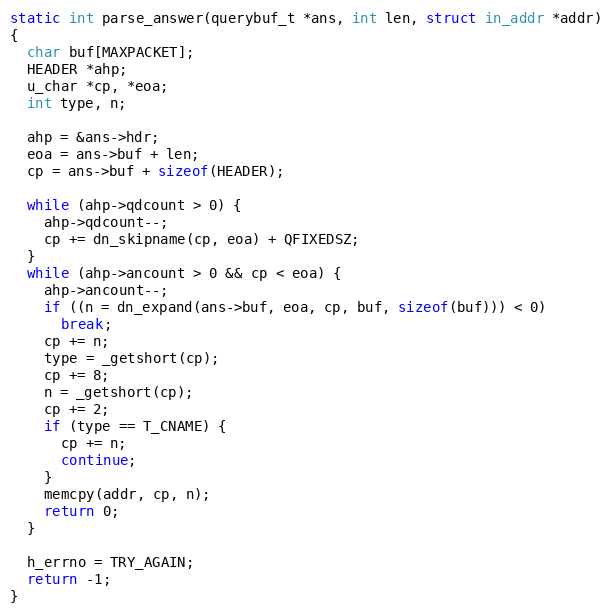
Language: C
static int parse_answer(querybuf_t *ans, int len, struct in_addr *addr)
{
  char buf[MAXPACKET];
  HEADER *ahp;
  u_char *cp, *eoa;
  int type, n;

  ahp = &ans->hdr;
  eoa = ans->buf + len;
  cp = ans->buf + sizeof(HEADER);

  while (ahp->qdcount > 0) {
    ahp->qdcount--;
    cp += dn_skipname(cp, eoa) + QFIXEDSZ;
  }
  while (ahp->ancount > 0 && cp < eoa) {
    ahp->ancount--;
    if ((n = dn_expand(ans->buf, eoa, cp, buf, sizeof(buf))) < 0)
      break;
    cp += n;
    type = _getshort(cp);
    cp += 8;
    n = _getshort(cp);
    cp += 2;
    if (type == T_CNAME) {
      cp += n;
      continue;
    }
    memcpy(addr, cp, n);
    return 0;
  }

  h_errno = TRY_AGAIN;
  return -1;
}